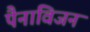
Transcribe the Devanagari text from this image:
पैनाविजन